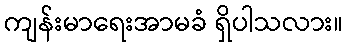
ကျန်းမာရေးအာမခံ ရှိပါသလား။